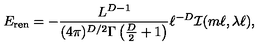
E _ { \mathrm { r e n } } = - \frac { L ^ { D - 1 } } { ( 4 \pi ) ^ { D / 2 } \Gamma \left( \frac { D } { 2 } + 1 \right) } \ell ^ { - D } { \cal I } ( m \ell , \lambda \ell ) ,